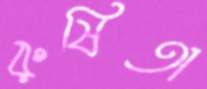
রুষিতা